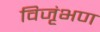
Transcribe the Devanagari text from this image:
विजृंभण